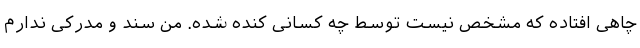
چاهی افتاده که مشخص نیست توسط چه کسانی کنده شده. من سند و مدرکی ندارم